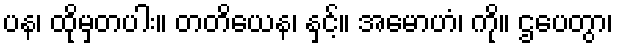
ပန၊ ထိုမှတပါး။ တတိယေန၊ နှင့်။ အမောဟံ၊ ကို။ ဌပေတွာ၊